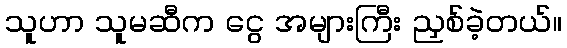
သူဟာ သူမဆီက ငွေ အများကြီး ညှစ်ခဲ့တယ်။